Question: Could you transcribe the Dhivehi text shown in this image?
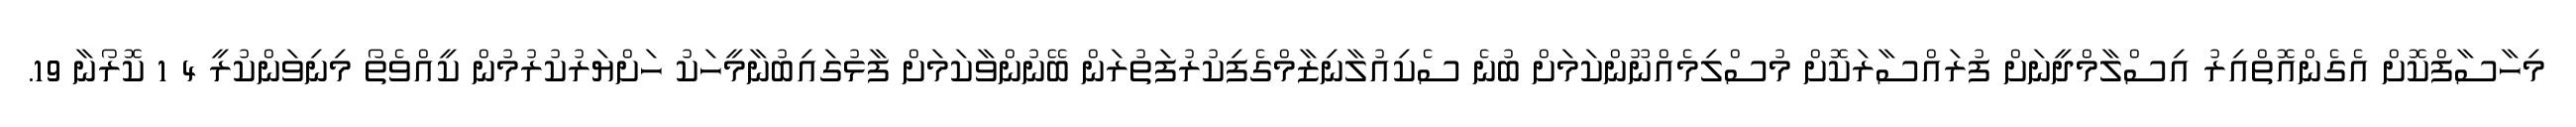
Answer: މިހާސާފްކޮށް އެގެންއޮތްއިރު އިސްލާމްދީނަށް ފުރައްސާރަކޮށް މުސްލިމެއްނޫންކަމަށް ބުނެ ސެކިއުލާނިޒާމްގެފިކުރުފަތުރަން ބޭނުންވާކަމަށް ފާޅުގައިބުނާމީހަކު ހަށްޔަރުކުރުމުން ކީއްވެތޯ މިނިވަންކުރީ 4 1 ކޮރޯނާ 19.